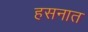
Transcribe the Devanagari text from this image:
हसनात